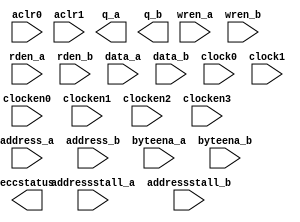
// Copyright (C) 1991-2015 Altera Corporation. All rights reserved.
// Your use of Altera Corporation's design tools, logic functions 
// and other software and tools, and its AMPP partner logic 
// functions, and any output files from any of the foregoing 
// (including device programming or simulation files), and any 
// associated documentation or information are expressly subject 
// to the terms and conditions of the Altera Program License 
// Subscription Agreement, the Altera Quartus II License Agreement,
// the Altera MegaCore Function License Agreement, or other 
// applicable license agreement, including, without limitation, 
// that your use is for the sole purpose of programming logic 
// devices manufactured by Altera and sold by Altera or its 
// authorized distributors.  Please refer to the applicable 
// agreement for further details.
module altsyncram (
	wren_a,
	wren_b,
	rden_a,
	rden_b,
	data_a,
	data_b,
	address_a,
	address_b,
	clock0,
	clock1,
	clocken0,
	clocken1,
	clocken2,
	clocken3,
	aclr0,
	aclr1,
	byteena_a,
	byteena_b,
	addressstall_a,
	addressstall_b,
`ifdef POST_FIT
	_unassoc_inputs_,
	_unassoc_outputs_,
`endif
	eccstatus,
	q_a,
	q_b
);

	parameter address_aclr_a = "UNUSED";
	parameter address_aclr_b = "NONE";
	parameter address_reg_b = "CLOCK1";
	parameter byte_size = 8;
	parameter byteena_aclr_a = "UNUSED";
	parameter byteena_aclr_b = "NONE";
	parameter byteena_reg_b = "CLOCK1";
	parameter clock_enable_input_a = "NORMAL";
	parameter clock_enable_input_b = "NORMAL";
	parameter clock_enable_output_a = "NORMAL";
	parameter clock_enable_output_b = "NORMAL";
	parameter indata_aclr_a = "UNUSED";
	parameter indata_aclr_b = "NONE";
	parameter indata_reg_b = "CLOCK1";
	parameter init_file = "UNUSED";
	parameter init_file_layout = "PORT_A";
	parameter intended_device_family = "UNUSED";
	parameter implement_in_les = "OFF";
	parameter lpm_hint = "UNUSED";
	parameter lpm_type = "altsyncram";
	parameter maximum_depth = 0;
	parameter numwords_a = 0;
	parameter numwords_b = 0;
	parameter operation_mode = "BIDIR_DUAL_PORT";
	parameter outdata_aclr_a = "NONE";
	parameter outdata_aclr_b = "NONE";
	parameter outdata_reg_a = "UNREGISTERED";
	parameter outdata_reg_b = "UNREGISTERED";
	parameter power_up_uninitialized = "FALSE";
	parameter ram_block_type = "AUTO";
	parameter rdcontrol_aclr_b = "NONE";
	parameter rdcontrol_reg_b = "CLOCK1";
	parameter read_during_write_mode_mixed_ports = "DONT_CARE";
	parameter width_a = 1;
	parameter width_b = 1;
	parameter width_byteena_a = 1;
	parameter width_byteena_b = 1;
	parameter widthad_a = 1;
	parameter widthad_b = 1;
	parameter wrcontrol_aclr_a = "UNUSED";
	parameter wrcontrol_aclr_b = "NONE";
	parameter wrcontrol_wraddress_reg_b = "CLOCK1";

	parameter clock_enable_core_a = "USE_INPUT_CLKEN";
	parameter clock_enable_core_b = "USE_INPUT_CLKEN";
	parameter enable_ecc = "FALSE";
	parameter read_during_write_mode_port_a = "NEW_DATA_NO_NBE_READ";
	parameter read_during_write_mode_port_b = "NEW_DATA_NO_NBE_READ";

`ifdef POST_FIT
	parameter _unassoc_inputs_width_ = 1;
	parameter _unassoc_outputs_width_ = 1;
`endif
 

	input wren_a, wren_b, rden_a, rden_b;
	input [width_a-1:0] data_a;
	input [width_b-1:0] data_b;
	input [widthad_a-1:0] address_a;
	input [widthad_b-1:0] address_b;
	input clock0, clock1;
	input clocken0, clocken1, clocken2, clocken3;
	input aclr0, aclr1;
	input [width_byteena_a-1:0] byteena_a;
	input [width_byteena_b-1:0] byteena_b;
	input addressstall_a, addressstall_b;
	// Extra bus for connecting signals unassociated with defined ports
`ifdef POST_FIT
	input [ _unassoc_inputs_width_ - 1 : 0 ] _unassoc_inputs_;
	output [ _unassoc_outputs_width_ - 1 : 0 ] _unassoc_outputs_;
`endif
	output [width_a-1:0] q_a;
	output [width_b-1:0] q_b;
	output   [2:0] eccstatus;


endmodule